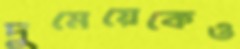
দুমেয়েকেও